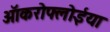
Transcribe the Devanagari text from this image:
ऑकरोफ्लोईया